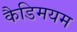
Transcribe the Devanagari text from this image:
कैडिमयम